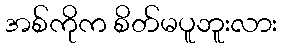
အစ်ကိုက စိတ်မပူဘူးလား